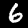
Digit: 6